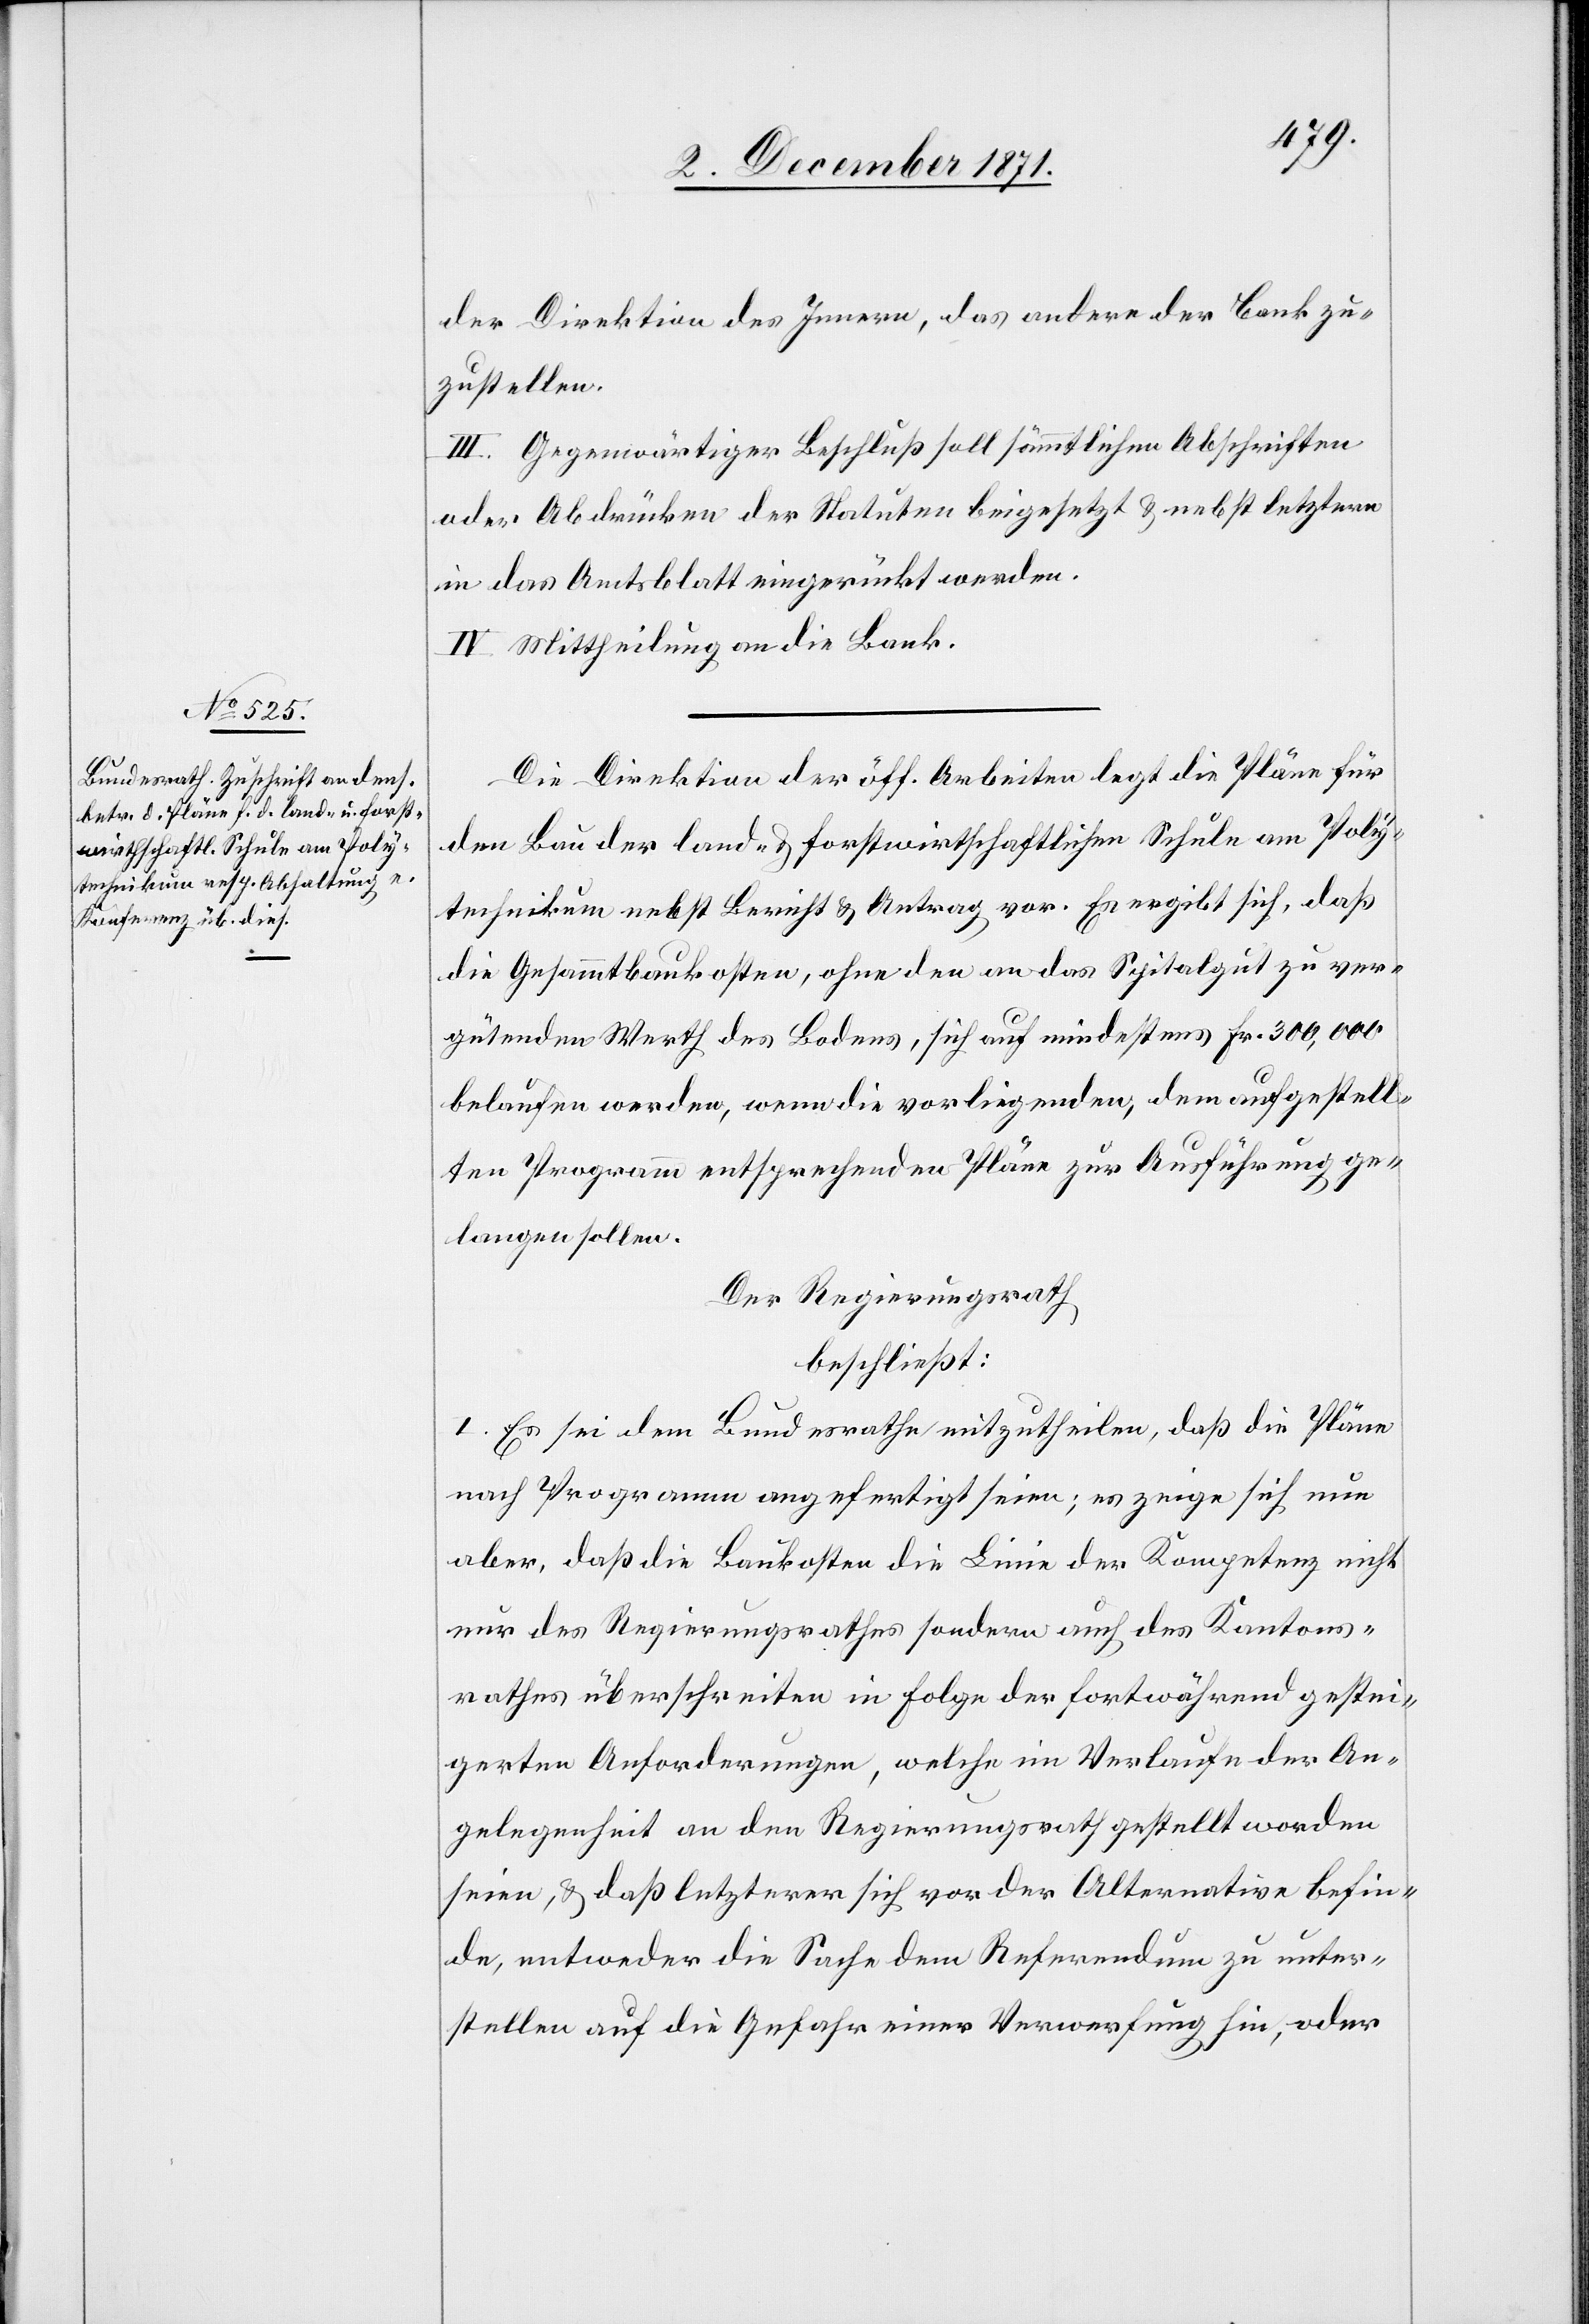
der Direktion des Innern, das andere der Bank zu¬
zustellen.
III. Gegenwärtiger Beschluß soll sämmtlichen Abschriften
oder Abdrücken der Statuten beigesetzt & nebst letztern
in das Amtsblatt eingerückt werden.
IV. Mittheilung an die Bank.
Die Direktion der öff. Arbeiten legt die Pläne für
den Bau der land- & forstwirthschaftlichen Schule am Poly¬
technikum nebst Bericht & Antrag vor. Es ergibt sich, daß
die Gesammtbaukosten, ohne den an das Spitalgut zu ver¬
gütenden Werth des Bodens, sich auf mindestens Fr. 300,000
belaufen werden, wenn die vorliegenden, dem aufgestell¬
ten Programm entsprechenden Pläne zur Ausführung ge¬
langen sollen.
Der Regierungsrath
beschließt:
I. Es sei dem Bundesrathe mitzutheilen, daß die Pläne
nach Programm angefertigt seien; es zeige sich nun
aber, daß die Baukosten die Linie der Kompetenz nicht
nur des Regierungsrathes sondern auch des Kantons¬
rathes überschreiten in Folge der fortwährend gestei¬
gerten Anforderungen, welche im Verlaufe der An¬
gelegenheit an den Regierungsrath gestellt worden
seien, & daß letzterer sich vor der Alternation befin¬
de, entweder die Sache dem Referendum zu unter¬
stellen auf die Gefahr einer Verwerfung hin, oder